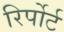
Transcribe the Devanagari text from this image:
रिर्पोर्ट